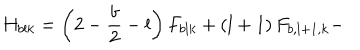
H _ { b l k } = \left( 2 - \frac { b } { 2 } - l \right) F _ { b l k } + \left( l + 1 \right) F _ { b , l + 1 , k } -